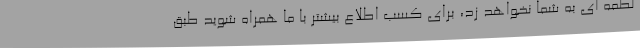
لطمه ای به شما نخواهد زد، برای کسب اطلاع بیشتر با ما همراه شوید طبق